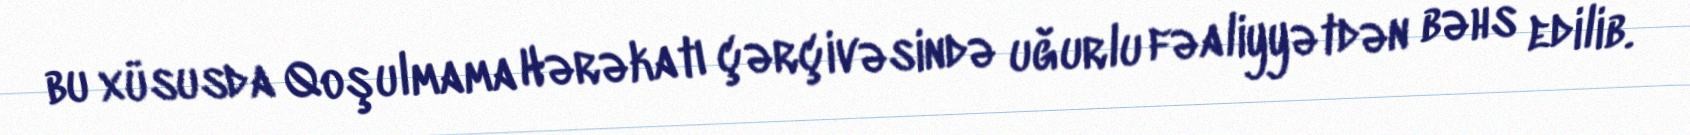
bu xüsusda Qoşulmama Hərəkatı çərçivəsində uğurlu fəaliyyətdən bəhs edilib.